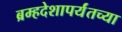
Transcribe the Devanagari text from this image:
ब्रम्हदेशापर्यंतच्या